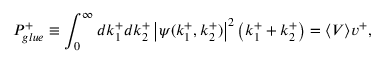
P _ { g l u e } ^ { + } \equiv \int _ { 0 } ^ { \infty } d k _ { 1 } ^ { + } d k _ { 2 } ^ { + } \left| \psi ( k _ { 1 } ^ { + } , k _ { 2 } ^ { + } ) \right| ^ { 2 } \left( k _ { 1 } ^ { + } + k _ { 2 } ^ { + } \right) = \langle V \rangle v ^ { + } ,